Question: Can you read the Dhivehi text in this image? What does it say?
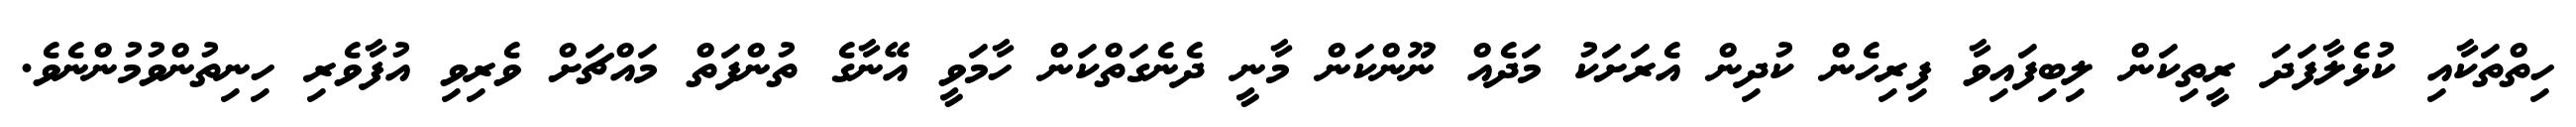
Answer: ހިތްތަކާއި ކުޅެލާފަދަ ރީތިކަން ލިބިފައިވާ ފިރިހެން ކުދިން އެރަށަކު މަދެއް ނޫންކަން މާނީ ދެނެގަތްކަން ހާމަވީ އޭނާގެ ތުންފަތް މައްޗަށް ވެރިވި އުފާވެރި ހިނިތުންވުމުންނެވެ.